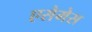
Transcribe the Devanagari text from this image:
एसेमेस